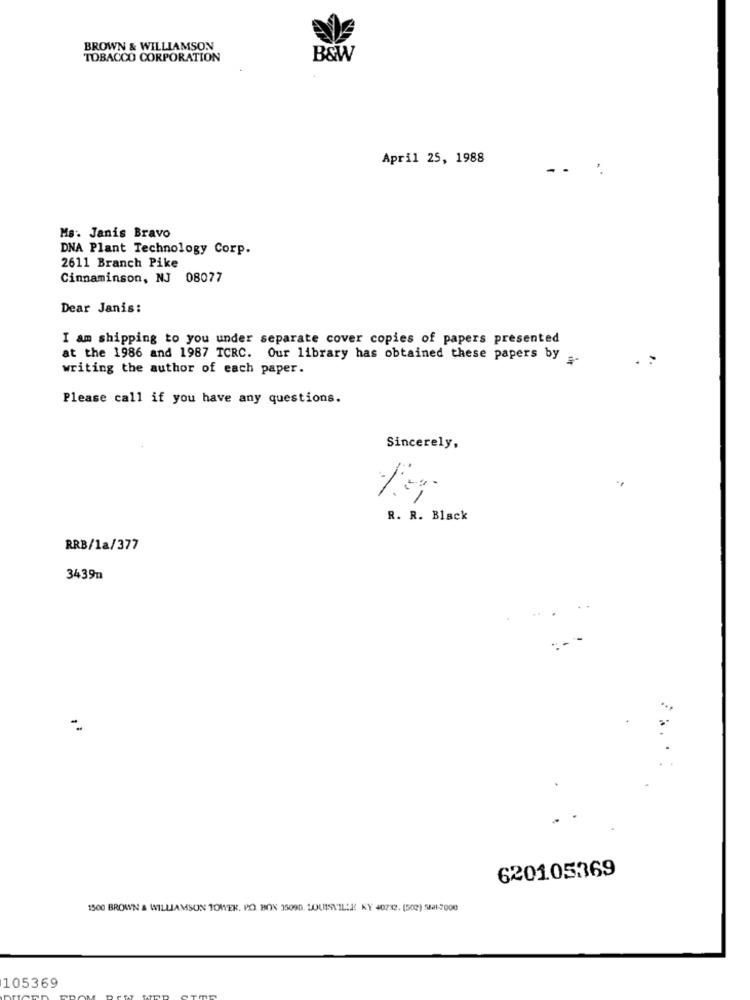
BROWN & WILLIAMSON
TOBACCO CORPORATION
B&W
April 25, 1988
Ms. Janis Bravo
DNA Plant Technology Corp.
2611 Branch Pike
Cinnaminson, NJ 08077
Dear Janis:
I am shipping to you under separate cover copies of papers presented
at the 1986 and 1987 TCRC. Our library has obtained these papers by -.
.:
writing the author of each paper.
Please call if you have any questions.
Sincerely,
-
R. R. Black
RRB/1a/377
3439m
620105369
1500 BROWN & WILLIAMSON TOWER. PO. BOX 35090, LOUISVILLE KY 40732. (502) SEH-7000
105369